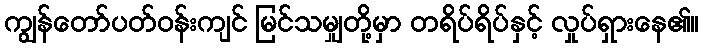
ကျွန်တော်ပတ်ဝန်းကျင် မြင်သမျှတို့မှာ တရိပ်ရိပ်နှင့် လှုပ်ရှားနေ၏။